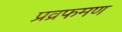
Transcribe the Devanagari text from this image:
प्रव्रफमण